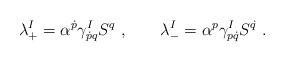
LaTeX: \begin{align*}\lambda_{+}^I = \alpha^{\dot p} \gamma^I_{\dot p q} S^q \ , \qquad\lambda_{-}^I = \alpha^{ p} \gamma^I_{ p \dot q} S^{\dot q} \ .\end{align*}